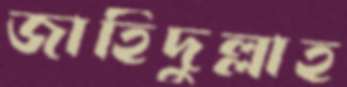
জাহিদুল্লাহ